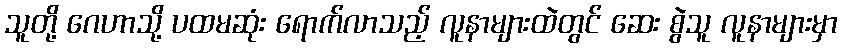
သူတို့ ဂေဟာသို့ ပထမဆုံး ရောက်လာသည့် လူနာများထဲတွင် ဆေး စွဲသူ လူနာများမှာ